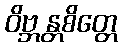
ဝိဗ္ဘန္တစိတ္တေ